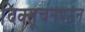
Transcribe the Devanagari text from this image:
दिक्सूचनपठन